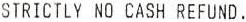
STRICTLY NO CASH REFUND.